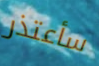
سأعتذر